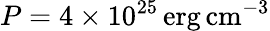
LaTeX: P=4\times 10^{25}\, \mathrm{erg}\, \mathrm{cm}^{-3}